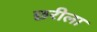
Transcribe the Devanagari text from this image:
छरीला